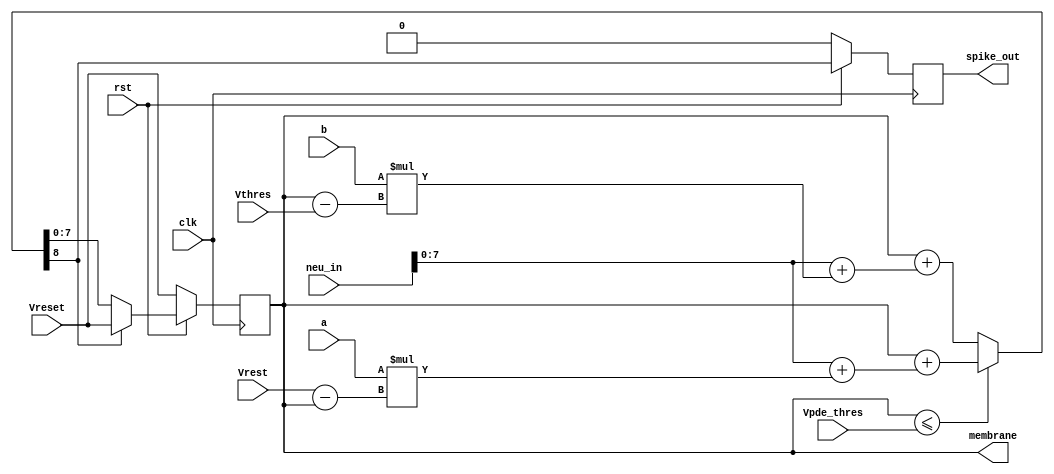
`define V_TH 8
`define PARAM 3
`define I_IN 9

module  I_QIF(
    clk,rst,
    Vpde_thres,
    Vthres, 
    Vrest, 
    a,b, 
    neu_in, 
    Vreset,
    membrane, 
    spike_out
);

input clk;
input rst;
input [`V_TH-1:0]Vpde_thres;
input [`V_TH-1:0]Vthres;
input [`V_TH-1:0]Vrest;
input [`PARAM-1:0]a;
input [`PARAM-1:0]b;
input [`I_IN-1:0]neu_in; 
input [`V_TH-1:0]Vreset;

output reg  [`V_TH-1:0]membrane;
output reg  spike_out;

reg  [`V_TH-1:0]membrane_temp;
reg  detect_bit;
reg  [`V_TH-1:0]membrane_sol; // adder result
 

always@(*) //Conditional Calculation & Compare
begin
    if (membrane <= Vpde_thres)
    begin
        membrane_temp = neu_in + a * (Vrest - membrane);
        {detect_bit, membrane_sol} = membrane + membrane_temp;
    end
    else
    begin 
        membrane_temp = neu_in + b * (membrane - Vthres);
        {detect_bit, membrane_sol} = membrane + membrane_temp;  //Membrane MAC 
    end 	
end

always@(posedge clk)   // Spike Generation 
begin
    if (~rst)
        spike_out <= 0; 
    else if (detect_bit == 1)  // Overflow 
        spike_out = detect_bit;
    else 
        spike_out = detect_bit;
end

always@(posedge clk)   //Membrane Update 
begin
    if(~rst)
        membrane <= Vreset;
    else if (detect_bit == 0)  
        membrane <= membrane_sol;
    else
        membrane <= Vreset;
end

endmodule